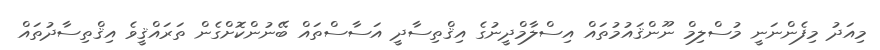
މިއަދު މިފެންނަނީ މުސްލިމް ނޫންޤައުމުތައް އިސްލާމްދީނުގެ އިޤްތިސާދީ އަސާސްތައް ބޭނުންކޮށްގެން ތަރައްޤީވެ އިޤްތިސާދުތައް